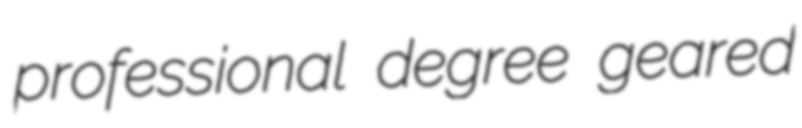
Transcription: professional degree geared